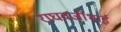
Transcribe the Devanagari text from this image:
राघवजीभाई